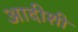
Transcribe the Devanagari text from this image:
आदीशी